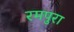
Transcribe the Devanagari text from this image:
रमपुरा